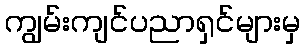
ကျွမ်းကျင်ပညာရှင်များမှ